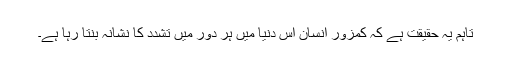
تاہم یہ حقیقت ہے کہ کمزور انسان اس دنیا میں ہر دور میں تشدد کا نشانہ بنتا رہا ہے۔